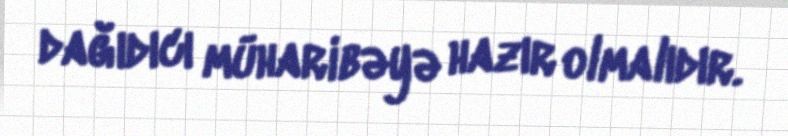
dağıdıcı müharibəyə hazır olmalıdır.